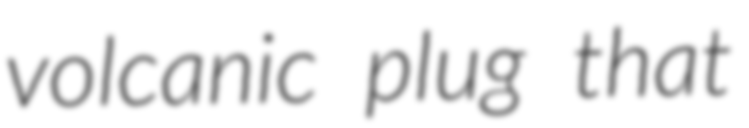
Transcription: volcanic plug that